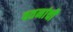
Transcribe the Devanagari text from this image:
वतनांची